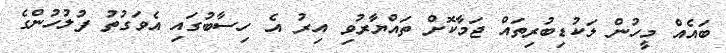
ބައެއް މީހުން ލަކުޑިބުރިތައް ޖަމާކޮށް ތައްޔާރުވި އިރު އެ ހިސާބުގައި އެވަގުތު ފުލުހުންގެ